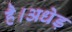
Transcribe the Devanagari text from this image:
है।अधेड़